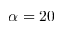
\alpha = 2 0